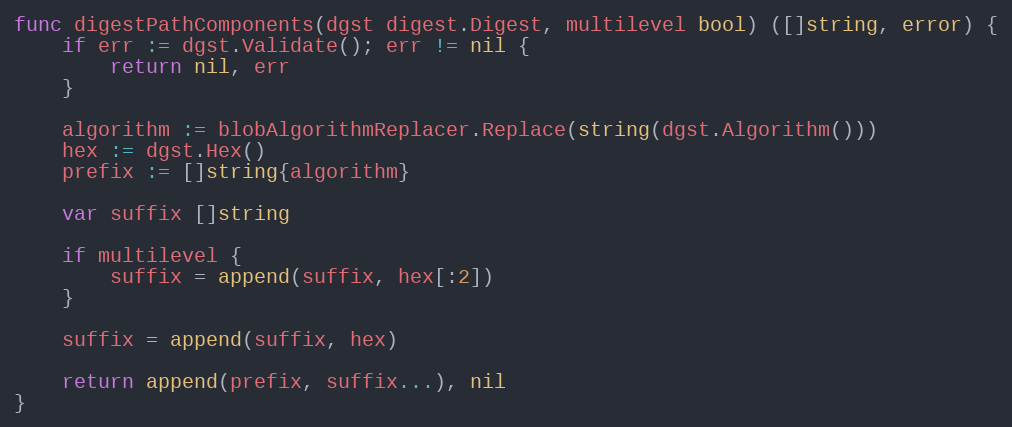
Language: Go
func digestPathComponents(dgst digest.Digest, multilevel bool) ([]string, error) {
	if err := dgst.Validate(); err != nil {
		return nil, err
	}

	algorithm := blobAlgorithmReplacer.Replace(string(dgst.Algorithm()))
	hex := dgst.Hex()
	prefix := []string{algorithm}

	var suffix []string

	if multilevel {
		suffix = append(suffix, hex[:2])
	}

	suffix = append(suffix, hex)

	return append(prefix, suffix...), nil
}